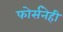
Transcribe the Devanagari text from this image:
फोर्सनेही